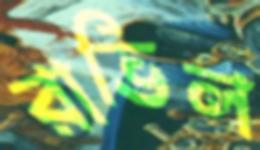
রাভিল